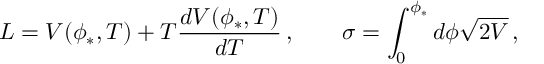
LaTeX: L = V ( \phi _ { * } , T ) + T \frac { d V ( \phi _ { * } , T ) } { d T } \, , \qquad \sigma = \int _ { 0 } ^ { \phi _ { * } } d \phi \sqrt { 2 V } \, ,